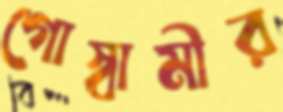
গোস্বামীর